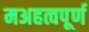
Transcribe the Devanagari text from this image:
मअहत्वपूर्ण